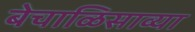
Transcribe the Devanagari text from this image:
बेचाळिसाव्या